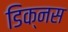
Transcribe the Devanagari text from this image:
डिक्नस